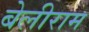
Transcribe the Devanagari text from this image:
बेलीराम